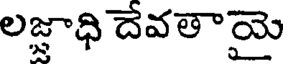
లజ్ఞాధి దేవతాయై